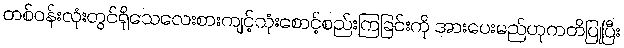
တစ်ဝန်းလုံးတွင်ရိုသေလေးစားကျင့်သုံးစောင့်စည်းကြခြင်းကို အားပေးမည်ဟုကတိပြုပြီး